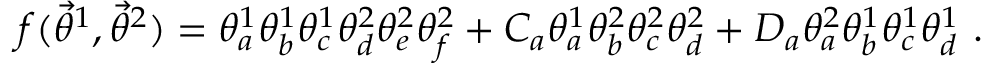
f ( { \vec { \theta } } ^ { 1 } , { \vec { \theta } } ^ { 2 } ) = \theta _ { a } ^ { 1 } \theta _ { b } ^ { 1 } \theta _ { c } ^ { 1 } \theta _ { d } ^ { 2 } \theta _ { e } ^ { 2 } \theta _ { f } ^ { 2 } + C _ { a } \theta _ { a } ^ { 1 } \theta _ { b } ^ { 2 } \theta _ { c } ^ { 2 } \theta _ { d } ^ { 2 } + D _ { a } \theta _ { a } ^ { 2 } \theta _ { b } ^ { 1 } \theta _ { c } ^ { 1 } \theta _ { d } ^ { 1 } \ .